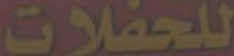
للحفلات